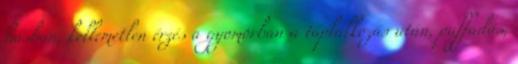
hasban, kellemetlen érzés a gyomorban a táplálkozás után, puffadás,